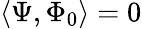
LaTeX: \langle\Psi,\Phi_{0}\rangle=0